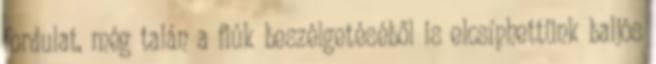
fordulat, még talán a fiúk beszélgetéséből is elcsíphettünk baljós